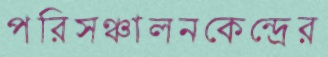
পরিসঞ্চালনকেন্দ্রের